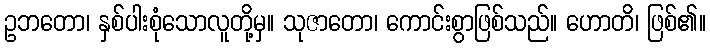
ဥဘတော၊ နှစ်ပါးစုံသောလူတို့မှ။ သုဇာတော၊ ကောင်းစွာဖြစ်သည်။ ဟောတိ၊ ဖြစ်၏။